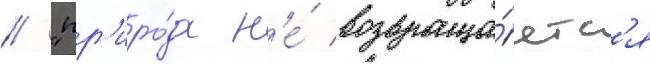
// "пр'иро́да н'е́ возвраща́етс'я